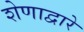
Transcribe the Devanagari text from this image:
शेणाद्वारे